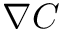
\boldsymbol { \nabla } C